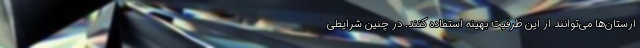
ارستان‌ها می‌توانند از این ظرفیت بهینه استفاده کنند. در چنین شرایطی